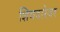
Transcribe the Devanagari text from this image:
शिवदारेवर